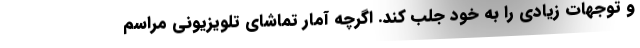
و توجهات زیادی را به خود جلب کند. اگرچه آمار تماشای تلویزیونی مراسم